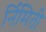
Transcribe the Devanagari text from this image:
र्निमिती